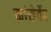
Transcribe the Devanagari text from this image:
कांसेर्वेर